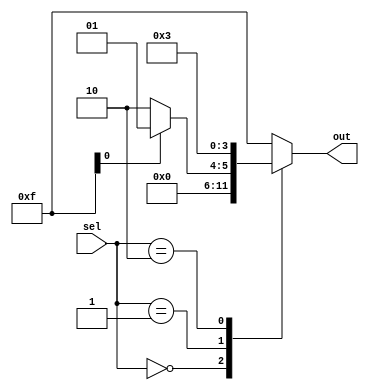
module case_example(
    input [1:0] sel,
    output reg [3:0] out
);
always @*
begin
    case (sel)
        2'b00: out = 4'b0000;
        2'b01:
        begin
            if (some_condition)
                out = 4'b0001;
            else
                out = 4'b0010;
        end
        2'b10: out = 4'b0011;
        default: out = 4'b1111;
    endcase
end
endmodule